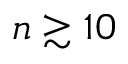
n \gtrsim 1 0